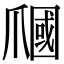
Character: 𤔩